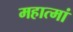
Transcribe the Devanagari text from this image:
महात्मां